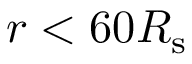
r < 6 0 R _ { \mathrm { s } }